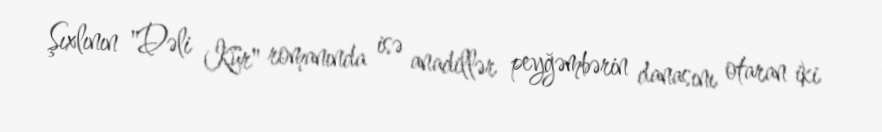
Şıxlının "Dəli Kür" romanında isə anadillər peyğəmbərin danasını otaran iki